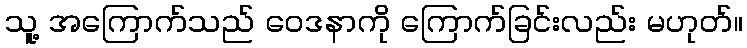
သူ့ အကြောက်သည် ဝေဒနာကို ကြောက်ခြင်းလည်း မဟုတ်။